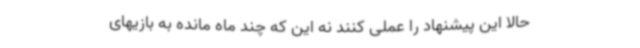
حالا این پیشنهاد را عملی کنند نه این که چند ماه مانده به بازیهای